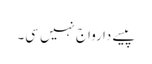
پیسے دا رواج نہیں سی۔